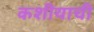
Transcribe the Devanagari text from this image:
कशीयाची